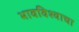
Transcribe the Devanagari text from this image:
भावविश्‍वाचा